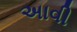
અાવી